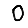
Digit: 0